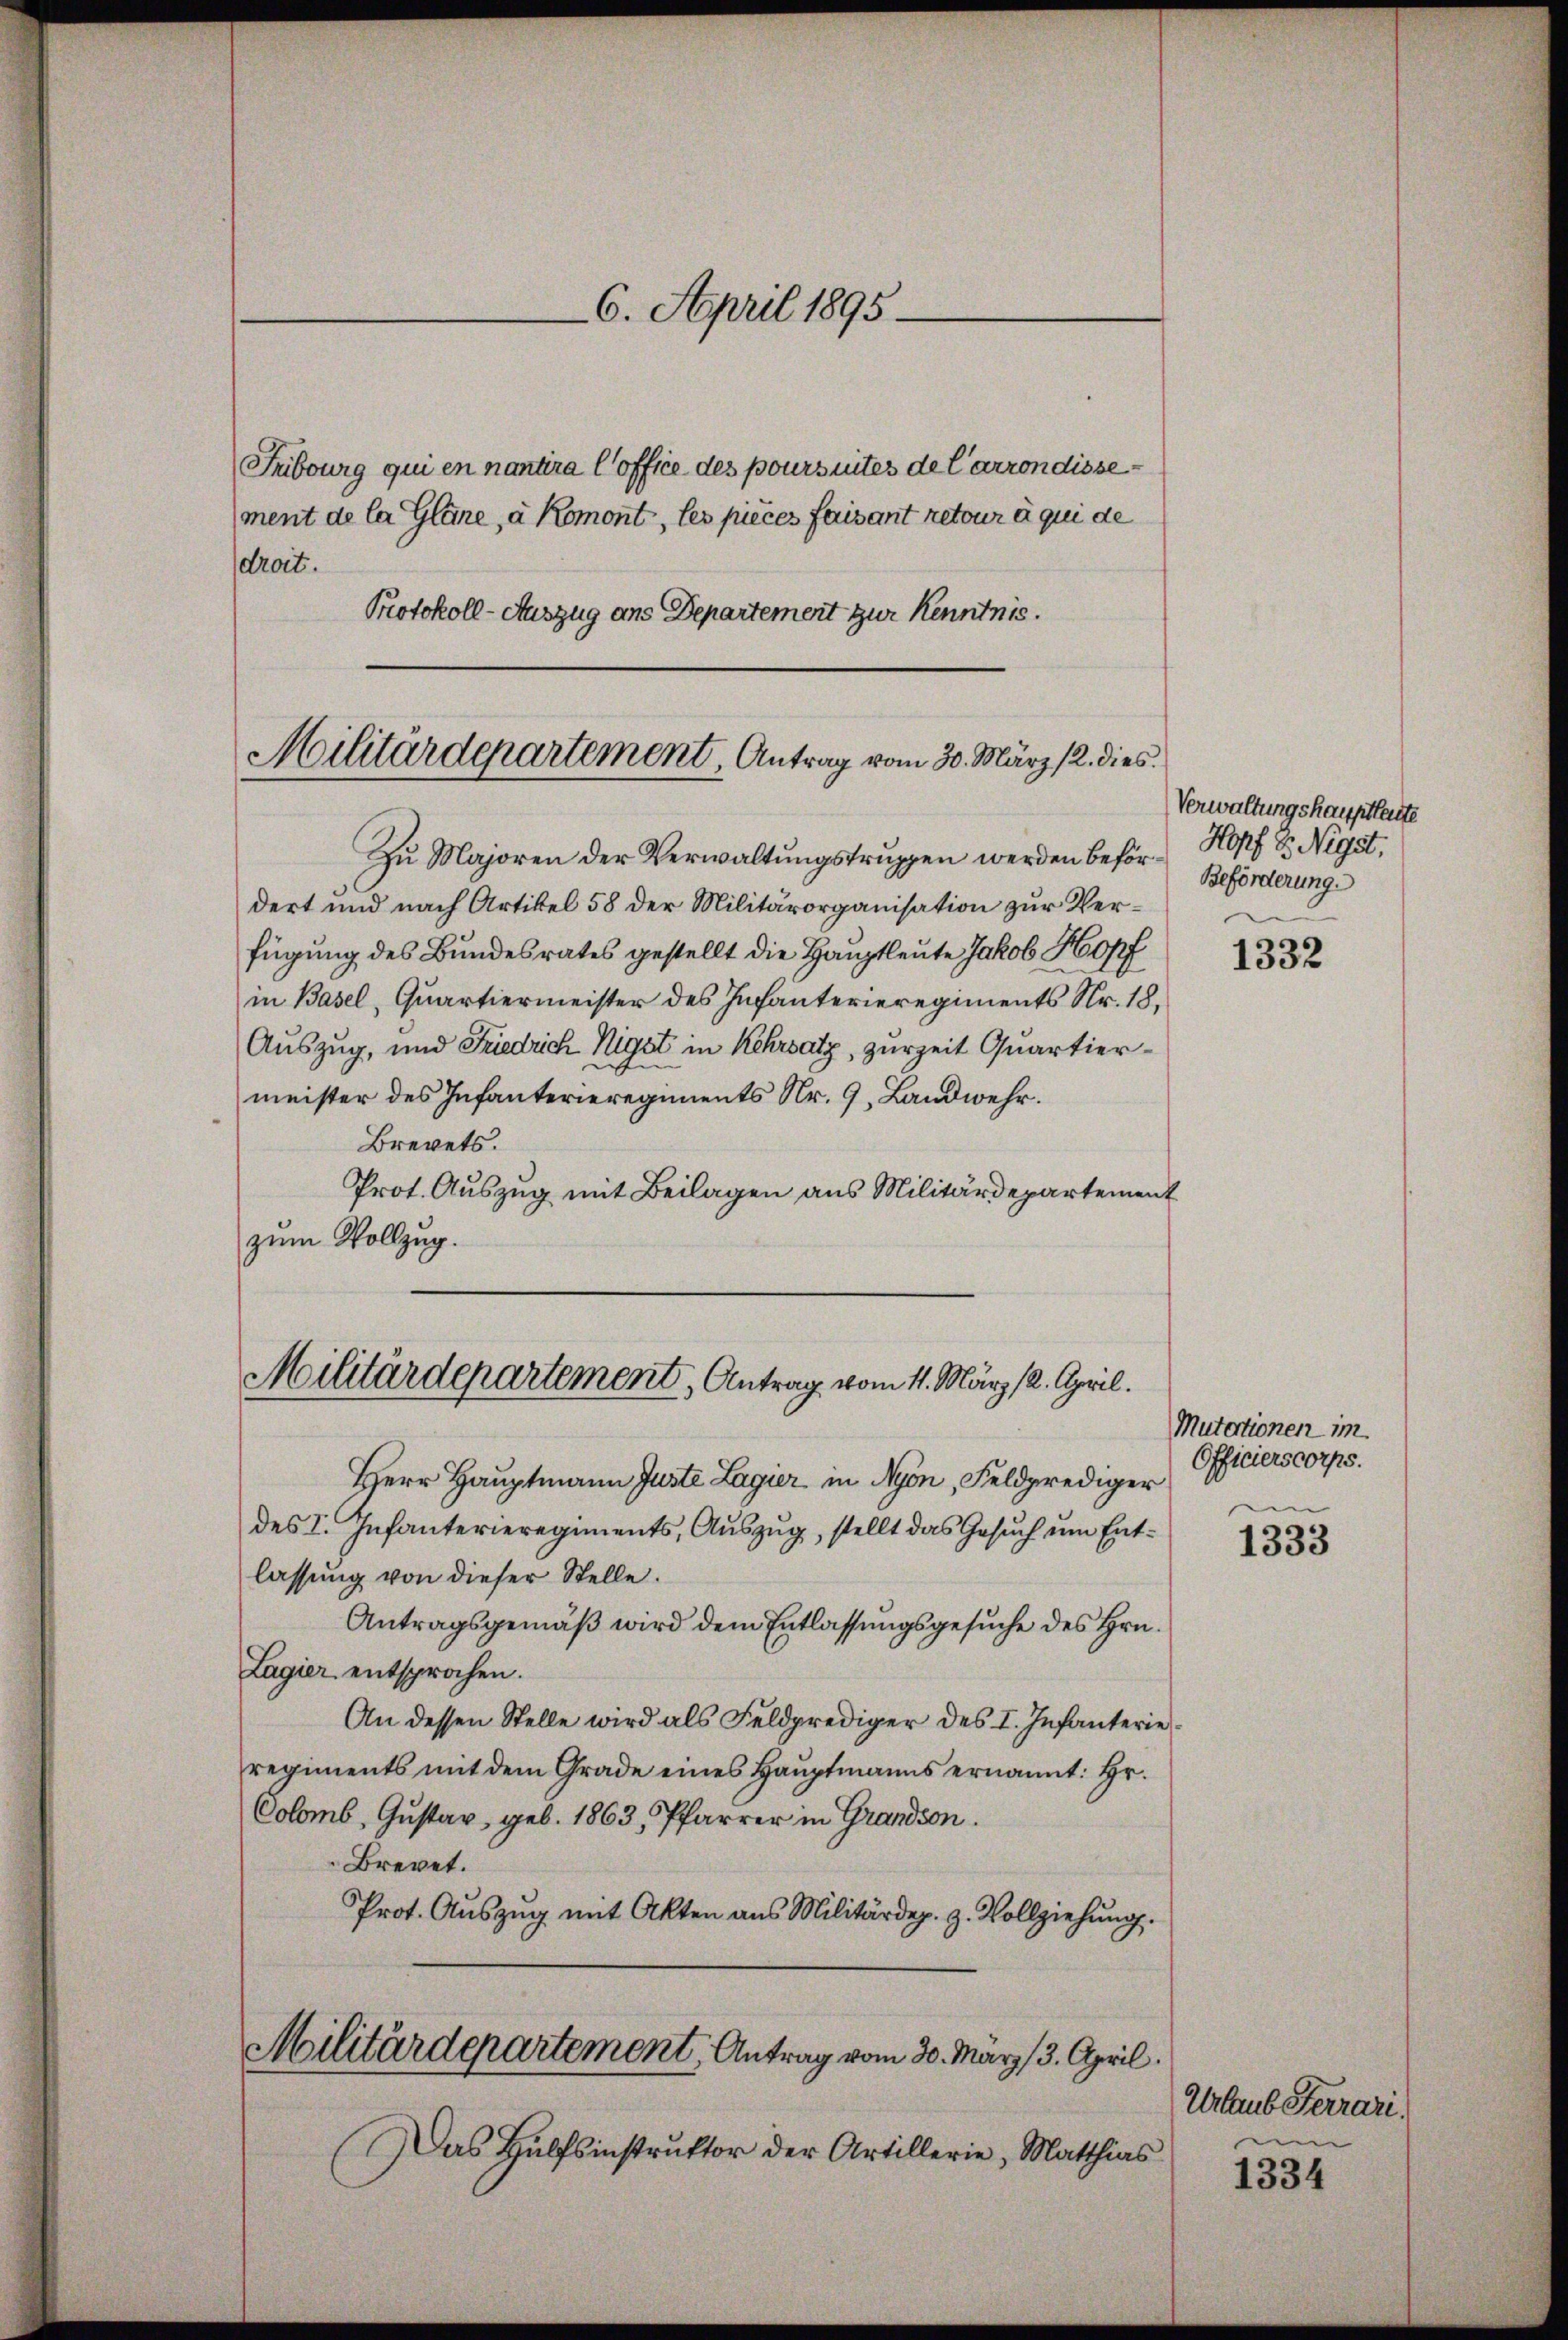
Fribourg qui en nantira Coffice des poursuites de l’arrondissement de la Gläne, a Romont, les pieces faisant retour à qui de
droit.
Protokoll-Auszug aus Departement zur Kenntnis.

Militärdepartement, Antrag vom 30. März 12. dies

6. April 1895.

Militärdepartement, Antrag vom 4. März 18. April.

Zu Majoren der Verwaltungstruppen werden befördert und nach Artikel 58 der Militärorganisation zur Verfügung des Bundesrates gestellt die Hauptleute Jakob Hopf
in Basel, Quartiermeister des Infanterieregiments Nr. 18,
Auszug, und Friedrich Nigst in Kehrsatz, zurzeit Quartiermeister des Infanterieregiments Nr. 9, Landwehr.
Brevets.
Prot. Auszug mit Beilagen aus Militärdepartement
zum Vollzug.

Militärdepartement, Antrag vom 30. März 3. April.

Das Hülfsinstrŭktor der Artillerie, Matthias

Verwaltungshauptleute
Hopf S. Nigst.
Beförderung.

Herr Hauptmann Juste Lagier in Nyon, Feldprediger
des I. Infanterieregiments, Auszug, stellt das Gesuch um Entlassung von dieser Stelle.
Antragsgemäβ wird dem Entlassŭngsgesŭche des Hrn.
Lagier entsprochen.
An dessen Stelle wird als Feldprediger des I. Infanterie
regiments mit dem Grade eines Hauptmanns ernannt: Hr.
Colomb, Gustav geb. 1863, Pfarrer in Grandion.
Brevet.
Prot. Aŭszŭg mit Akten ans Militärdep. z. Vollziehŭng.

1332

Mutertionen im
Officierscorps.

1333

Urlaub Ferrare.
e

1334